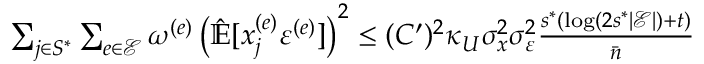
\begin{array} { r } { \sum _ { j \in S ^ { * } } \sum _ { e \in \mathcal { E } } \omega ^ { ( e ) } \left( \hat { \mathbb { E } } [ x _ { j } ^ { ( e ) } \varepsilon ^ { ( e ) } ] \right) ^ { 2 } \le ( C ^ { \prime } ) ^ { 2 } \kappa _ { U } \sigma _ { x } ^ { 2 } \sigma _ { \varepsilon } ^ { 2 } \frac { s ^ { * } ( \log ( 2 s ^ { * } | \mathcal { E } | ) + t ) } { \bar { n } } } \end{array}